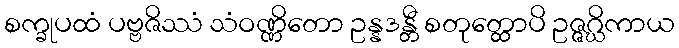
စက္ခုပထံ ပဗ္ဗဇိဿံ သံဝဏ္ဏိတော ဥန္နဒန္တီ စတုတ္ထောပိ ဥဇ္ဇဂ္ဃိကာယ